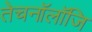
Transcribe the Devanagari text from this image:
तेचनॉलॉजि